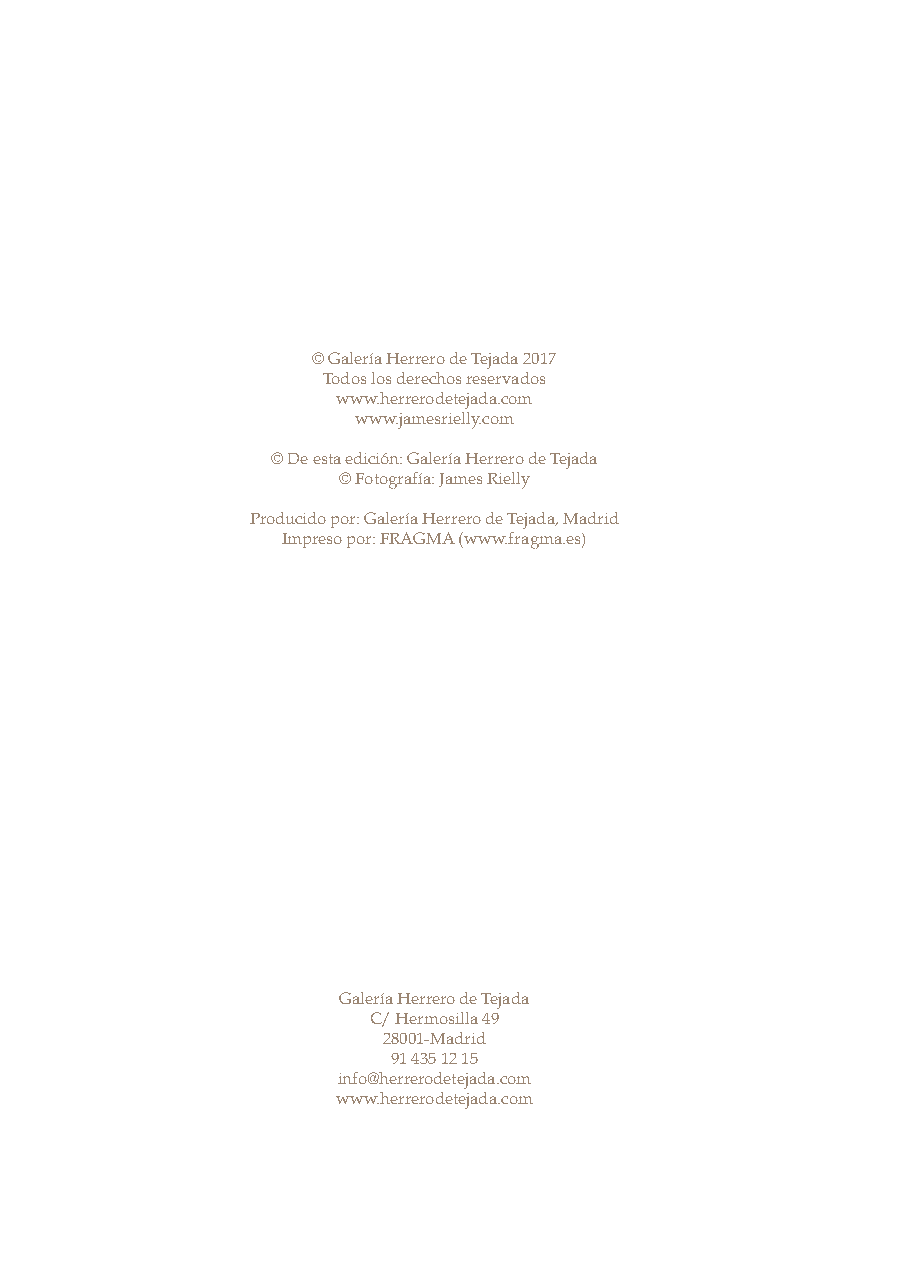
© Galería Herrero de Tejada 2017
 Todos los derechos reservados
 www.herrerodetejada.com
 www.jamesrielly.com
 © De esta edición: Galería Herrero de Tejada
 © Fotografía: James Rielly
 Producido por: Galería Herrero de Tejada, Madrid
 Impreso por: FRAGMA (www.fragma.es)
 Galería Herrero de Tejada
 C/ Hermosilla 49
 28001-Madrid
 91 435 12 15
 info@herrerodetejada.com
 www.herrerodetejada.com